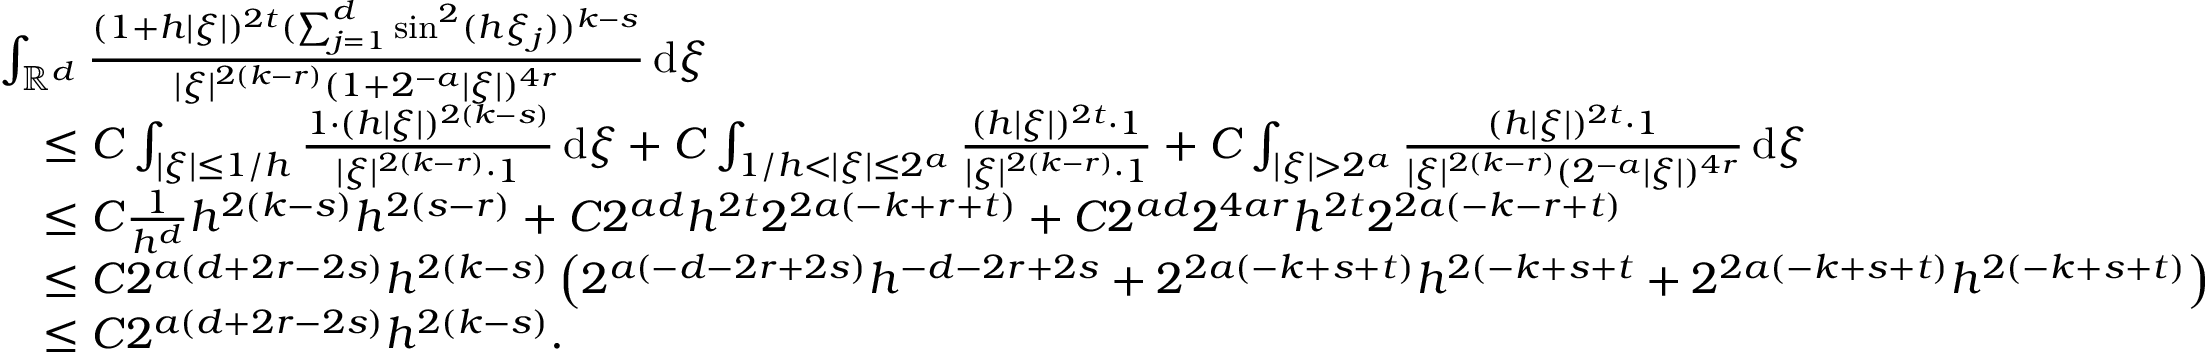
\begin{array} { r l } & { \int _ { \mathbb { R } ^ { d } } \frac { ( 1 + h | \xi | ) ^ { 2 t } ( \sum _ { j = 1 } ^ { d } \sin ^ { 2 } ( h \xi _ { j } ) ) ^ { k - s } } { | \xi | ^ { 2 ( k - r ) } ( 1 + 2 ^ { - a } | \xi | ) ^ { 4 r } } \, \mathrm { d } \xi } \\ & { \quad \le C \int _ { | \xi | \le 1 / h } \frac { 1 \cdot ( h | \xi | ) ^ { 2 ( k - s ) } } { | \xi | ^ { 2 ( k - r ) } \cdot 1 } \, \mathrm { d } \xi + C \int _ { 1 / h < | \xi | \le 2 ^ { a } } \frac { ( h | \xi | ) ^ { 2 t } \cdot 1 } { | \xi | ^ { 2 ( k - r ) } \cdot 1 } + C \int _ { | \xi | > 2 ^ { a } } \frac { ( h | \xi | ) ^ { 2 t } \cdot 1 } { | \xi | ^ { 2 ( k - r ) } ( 2 ^ { - a } | \xi | ) ^ { 4 r } } \, \mathrm { d } \xi } \\ & { \quad \le C \frac { 1 } { h ^ { d } } h ^ { 2 ( k - s ) } h ^ { 2 ( s - r ) } + C 2 ^ { a d } h ^ { 2 t } 2 ^ { 2 a ( - k + r + t ) } + C 2 ^ { a d } 2 ^ { 4 a r } h ^ { 2 t } 2 ^ { 2 a ( - k - r + t ) } } \\ & { \quad \le C 2 ^ { a ( d + 2 r - 2 s ) } h ^ { 2 ( k - s ) } \left( 2 ^ { a ( - d - 2 r + 2 s ) } h ^ { - d - 2 r + 2 s } + 2 ^ { 2 a ( - k + s + t ) } h ^ { 2 ( - k + s + t } + 2 ^ { 2 a ( - k + s + t ) } h ^ { 2 ( - k + s + t ) } \right) } \\ & { \quad \le C 2 ^ { a ( d + 2 r - 2 s ) } h ^ { 2 ( k - s ) } . } \end{array}